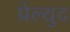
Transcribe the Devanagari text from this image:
प्रेल्युद